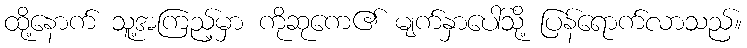
ထို့နောက် သူ့အကြည့်မှာ ကိုဆုကေ၏ မျက်နှာပေါ်သို့ ပြန်ရောက်လာသည်။